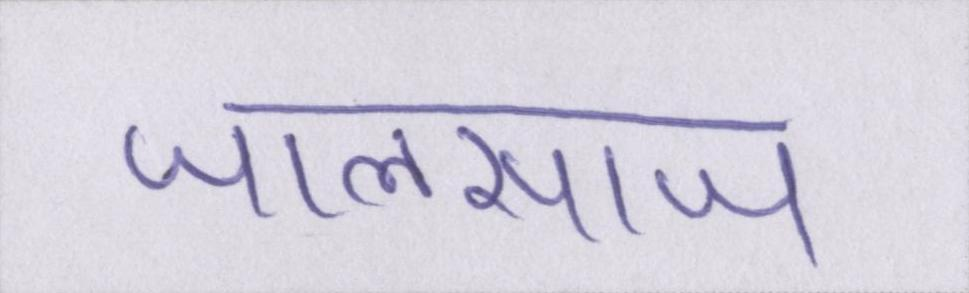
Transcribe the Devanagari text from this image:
जालसाज